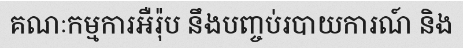
គណៈកម្មការអឺរ៉ុប នឹងបញ្ចប់របាយការណ៍ និង